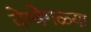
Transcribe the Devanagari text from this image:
वेग्वेगळ्या